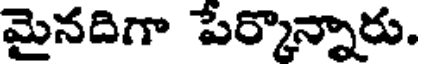
మైనదిగా పేర్కొన్నారు.